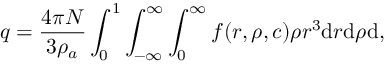
q = \frac { 4 \pi N } { 3 \rho _ { a } } \int _ { 0 } ^ { 1 } \int _ { - \infty } ^ { \infty } \int _ { 0 } ^ { \infty } f ( r , \rho , c ) \rho r ^ { 3 } \mathrm { d } r \mathrm { d } \rho \mathrm { d } ,